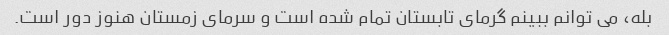
بله، می توانم ببینم گرمای تابستان تمام شده است و سرمای زمستان هنوز دور است.